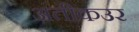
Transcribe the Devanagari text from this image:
अतीकउर